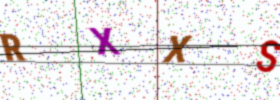
Text: RXXS